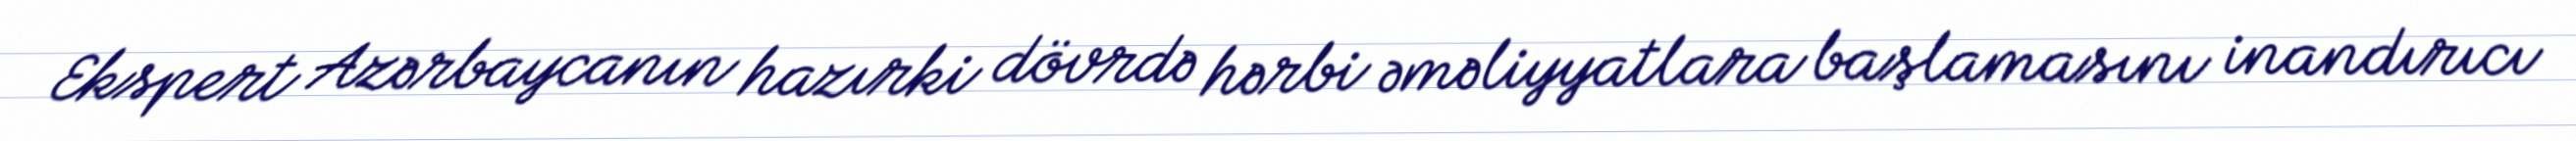
Ekspert Azərbaycanın hazırki dövrdə hərbi əməliyyatlara başlamasını inandırıcı